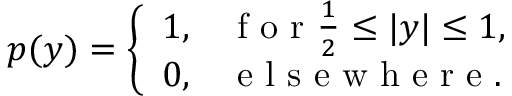
p ( y ) = \left\{ \begin{array} { l l } { 1 , } & { \mathrm { ~ f ~ o ~ r ~ } \frac { 1 } { 2 } \leq | y | \leq 1 , } \\ { 0 , } & { \mathrm { ~ e ~ l ~ s ~ e ~ w ~ h ~ e ~ r ~ e ~ } . } \end{array} \right.